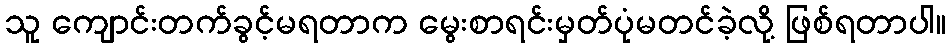
သူ ကျောင်းတက်ခွင့်မရတာက မွေးစာရင်းမှတ်ပုံမတင်ခဲ့လို့ ဖြစ်ရတာပါ။